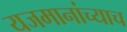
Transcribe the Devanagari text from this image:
यजमानांच्याच